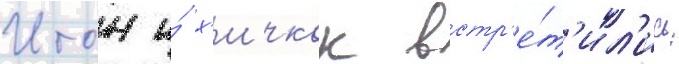
Итон и́ х'ичкок встр'е́т'ил'ись